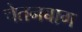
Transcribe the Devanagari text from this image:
चेतनबाग